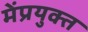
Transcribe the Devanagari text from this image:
मेंप्रयुक्त